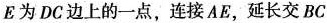
E为DC边上的一点，连接AE，延长交BC